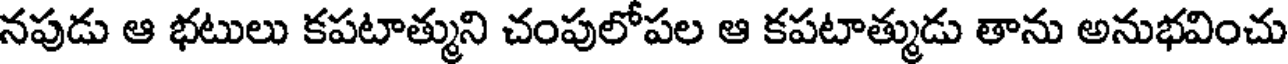
నపుడు ఆ భటులు కపటాత్ముని చంపులోపల ఆ కపటాత్ముడు తాను అనుభవించు